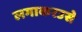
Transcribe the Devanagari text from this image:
लगाकरउसे